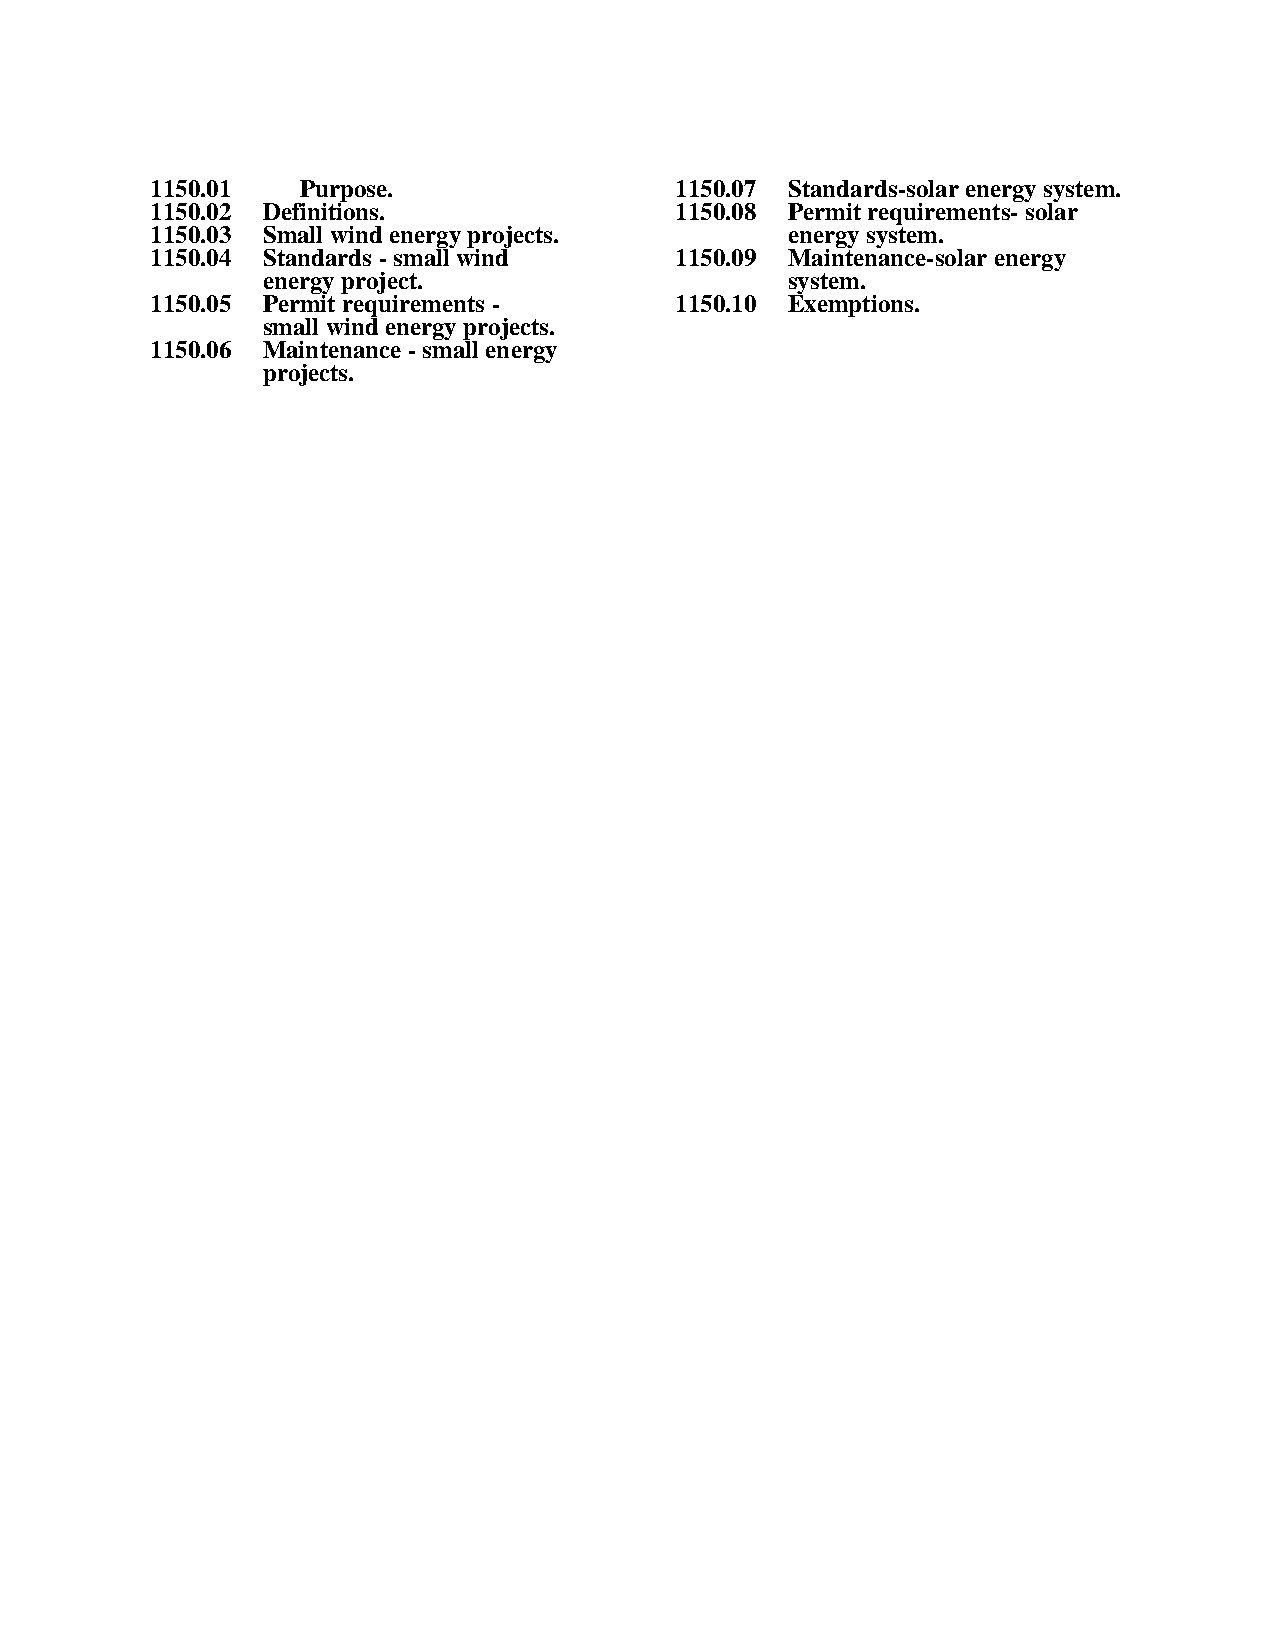
1150.01   Purpose.                 1150.07 Standards-solar energy system.
 1150.02 Definitions.               1150.08 Permit requirements- solar
 1150.03 Small wind energy projects.       energy system.
 1150.04 Standards - small wind     1150.09 Maintenance-solar energy
 energy project.                    system.
 1150.05 Permit requirements -      1150.10 Exemptions.
 small wind energy projects.
 1150.06 Maintenance - small energy
 projects.